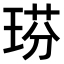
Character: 𤦈